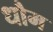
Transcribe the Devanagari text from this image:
धौम